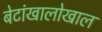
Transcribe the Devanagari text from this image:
बेटांखालोखाल